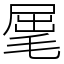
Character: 𣮈